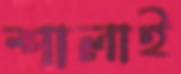
শালাই